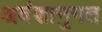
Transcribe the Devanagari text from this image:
अवंशानुगत